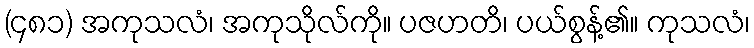
(၄၈၁) အကုသလံ၊ အကုသိုလ်ကို။ ပဇဟတိ၊ ပယ်စွန့်၏။ ကုသလံ၊